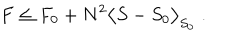
F \le F _ { 0 } + N ^ { 2 } \big < S - S _ { 0 } \big > _ { S _ { 0 } } \; .